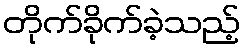
တိုက်ခိုက်ခဲ့သည့်